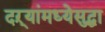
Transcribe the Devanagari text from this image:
दऱ्यांमध्येसुद्धा